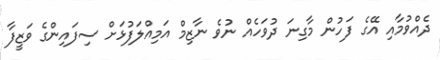
ދެއްވުމާއި އޭގެ ފަހުން މާގިނަ ދުވަހެއް ނުވެ ނާޒިމް އަމިއްލަފުޅަށް ސިފައިންގެ ވަޒީފާ